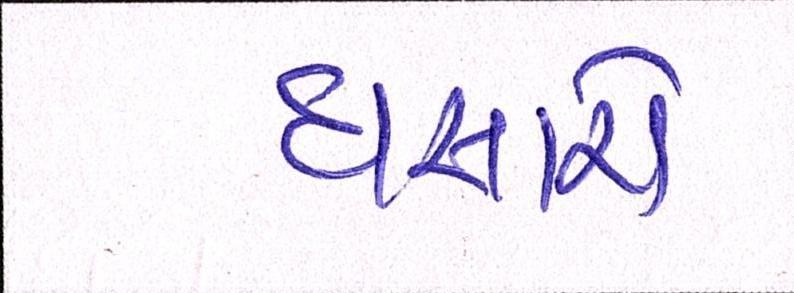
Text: ઘસારો